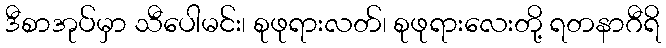
ဒီစာအုပ်မှာ သီပေါမင်း၊ စုဖုရားလတ်၊ စုဖုရားလေးတို့ ရတနာဂီရိ